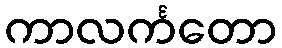
ကာလင်္ကတော